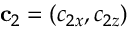
{ \bf c } _ { 2 } = ( c _ { 2 x } , c _ { 2 z } )